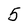
Character: 5